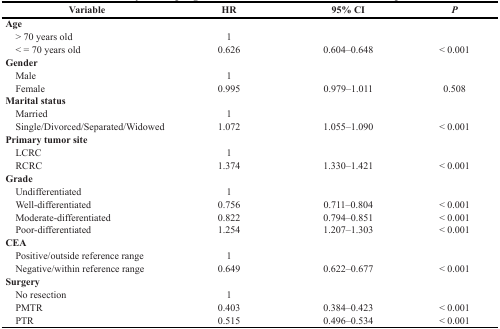
<table><thead><tr><td><b>Variable</b></td><td><b>HR</b></td><td><b>95% CI</b></td><td><b><i>P</i></b></td></tr></thead><tbody><tr><td colspan="4"><b>Age</b></td></tr><tr><td> &gt; 70 years old</td><td>1</td><td></td><td></td></tr><tr><td> &lt; = 70 years old</td><td>0.626</td><td>0.604–0.648</td><td>&lt; 0.001</td></tr><tr><td colspan="4"><b>Gender</b></td></tr><tr><td> Male</td><td>1</td><td></td><td></td></tr><tr><td> Female</td><td>0.995</td><td>0.979–1.011</td><td>0.508</td></tr><tr><td colspan="4"><b>Marital status</b></td></tr><tr><td> Married</td><td>1</td><td></td><td></td></tr><tr><td> Single/Divorced/Separated/Widowed</td><td>1.072</td><td>1.055–1.090</td><td>&lt; 0.001</td></tr><tr><td colspan="4"><b>Primary tumor site</b></td></tr><tr><td> LCRC</td><td>1</td><td></td><td></td></tr><tr><td> RCRC</td><td>1.374</td><td>1.330–1.421</td><td>&lt; 0.001</td></tr><tr><td colspan="4"><b>Grade</b></td></tr><tr><td> Undifferentiated</td><td>1</td><td></td><td></td></tr><tr><td> Well-differentiated</td><td>0.756</td><td>0.711–0.804</td><td>&lt; 0.001</td></tr><tr><td> Moderate-differentiated</td><td>0.822</td><td>0.794–0.851</td><td>&lt; 0.001</td></tr><tr><td> Poor-differentiated</td><td>1.254</td><td>1.207–1.303</td><td>&lt; 0.001</td></tr><tr><td colspan="4"><b>CEA</b></td></tr><tr><td> Positive/outside reference range</td><td>1</td><td></td><td></td></tr><tr><td> Negative/within reference range</td><td>0.649</td><td>0.622–0.677</td><td>&lt; 0.001</td></tr><tr><td colspan="4"><b>Surgery</b></td></tr><tr><td> No resection</td><td>1</td><td></td><td></td></tr><tr><td> PMTR</td><td>0.403</td><td>0.384–0.423</td><td>&lt; 0.001</td></tr><tr><td> PTR</td><td>0.515</td><td>0.496–0.534</td><td>&lt; 0.001</td></tr></tbody></table>